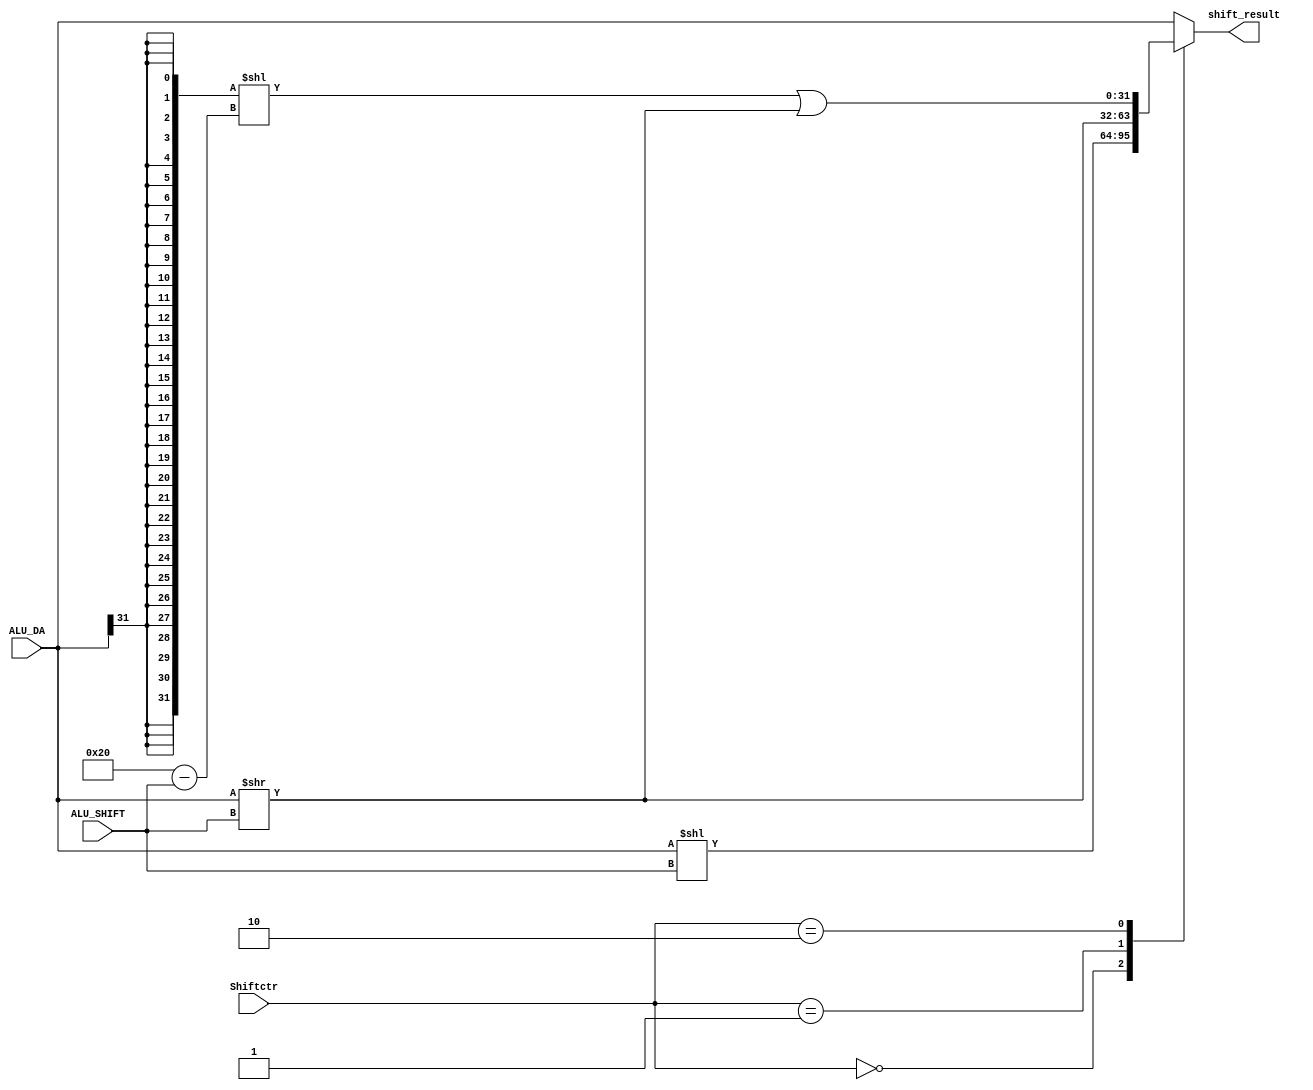
module Shifter(
    input wire [31:0] ALU_DA,
    input wire [4:0] ALU_SHIFT,
    input wire [1:0] Shiftctr,
    output reg [31:0] shift_result
);
    wire [5:0] shift_n = 6'd32 - ALU_SHIFT;
    always @(*) begin
        case(Shiftctr)
            2'b00: shift_result = ALU_DA << ALU_SHIFT; // Logical left shift
            2'b01: shift_result = ALU_DA >> ALU_SHIFT; // Logical right shift
            2'b10: shift_result = ({32{ALU_DA[31]}} << shift_n) | (ALU_DA >> ALU_SHIFT); // Arithmetic right shift
            default: shift_result = ALU_DA;
        endcase
    end
endmodule